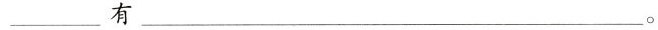
___ 有 ___